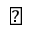
\triangledown